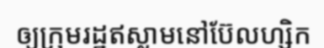
ឲ្យក្រុមរដ្ឋឥស្លាមនៅប៊ែលហ្សិក